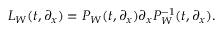
{ \cal L } _ { W } ( t , \partial _ { x } ) = P _ { W } ( t , \partial _ { x } ) \partial _ { x } P _ { W } ^ { - 1 } ( t , \partial _ { x } ) .